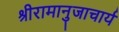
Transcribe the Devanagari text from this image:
श्रीरामानुजाचार्य